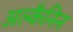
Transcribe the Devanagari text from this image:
अल्कैनिन